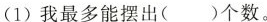
(1) 我最多能摆出( )个数。